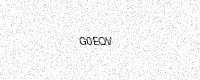
Text: G0EQV